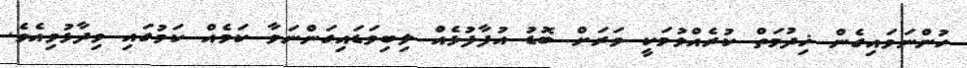
ހުންނަވައިގެން ޚިދުމަތް ކުރެއްވުމަކީ ވަރަށް ބޮޑު އުފާފުޅެއް ލިބިވަޑައިގަންނަވާ ކަމެއް ކަމުގައި ވިދާޅުވިއެވެ.